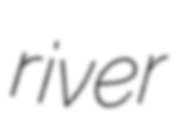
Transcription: river